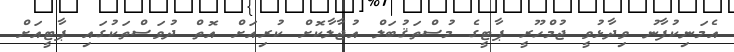
އެމަނިކުފާނު ވިދާޅުވީ ޖުމްހޫރީ ޕާޓީގެ މުސްތަޤުބަލް އުޖާލާކޮށް ކުރިއަށް އޮތް ދުވަސްތަކުގައި ޕާޓީއަށް